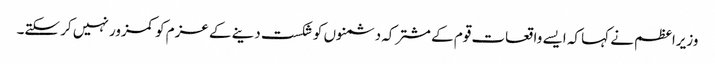
وزیراعظم نے کہا کہ ایسے واقعات قوم کے مشترکہ دشمنوں کو شکست دینے کے عزم کو کمزور نہیں کر سکتے۔